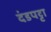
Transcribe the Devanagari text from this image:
दंडपट्टा